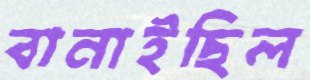
বানাইছিল